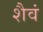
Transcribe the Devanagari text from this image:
शैवं